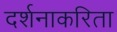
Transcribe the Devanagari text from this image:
दर्शनाकरिता